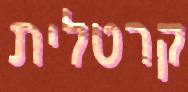
קרטלית